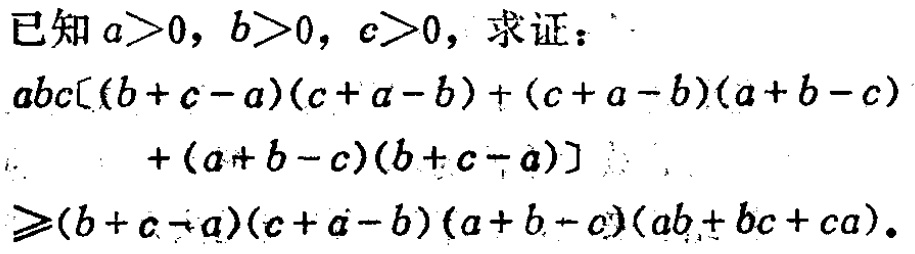
已知 \(a > 0\)，\(b > 0\)，\(c > 0\)，求证：

\(abc[(b + c - a)(c + a - b)+(c + a - b)(a + b - c)+(a + b - c)(b + c - a)]\geqslant(b + c - a)(c + a - b)(a + b - c)(ab + bc + ca)\)。